Vaccination in the Punjab 1919-1929 - 1919-1929
Year: 1919
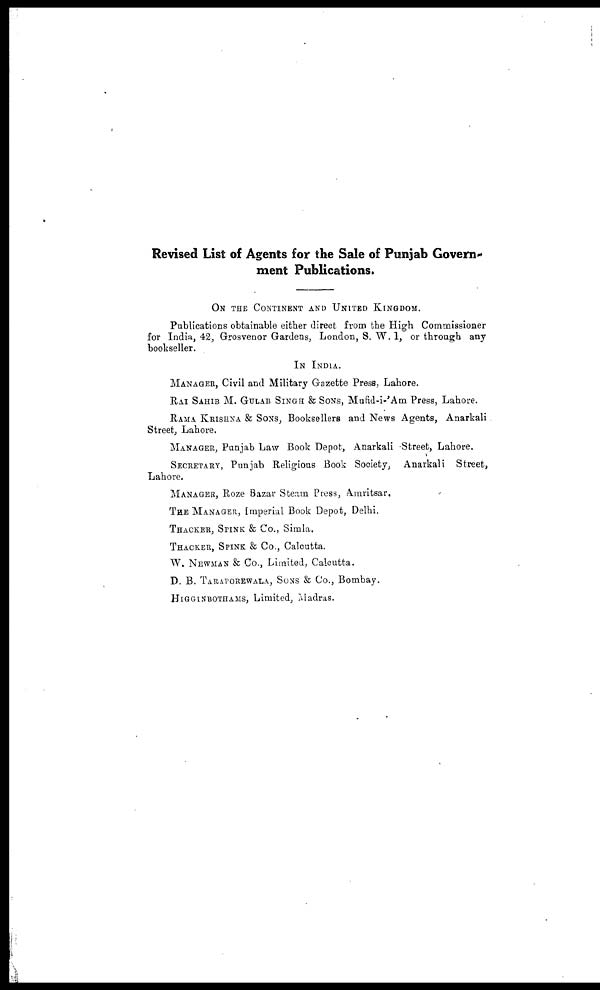
Revised List of Agents for the Sale of Punjab Govern-
ment Publications.
ON THE CONTINENT AND UNITED KINGDOM.
Publications obtainable either direct from the High Commissioner
for India, 42, Grosvenor Gardens, London, S. W. 1, or through any
bookseller.
IN INDIA.
MANAGER, Civil and Military Gazette Press, Lahore.
RAI SAHIB M. GULAB SINGH & SONS, Mufid-i-'Am Press, Lahore.
RAMA KRISHNA & SONS, Booksellers and News Agents, Anarkali
Street, Lahore.
MANAGER, Punjab Law Book Depot, Anarkali Street, Lahore.
SECRETARY, Punjab Religious Book Society, Anarkali
Street,
Lahore.
MANAGER, Roze Bazar Steam Press, Amritsar.
THE MANAGER, Imperial Book Depot, Delhi.
THACKER, SPINK & Co., Simla.
THACKER, SPINK & Co., Calcutta.
W. NEWMAN & Co., Limited, Calcutta.
D. B. TARAPOREWALA, SONS & Co., Bombay.
HIGGINBOTHAMS, Limited, Madras.